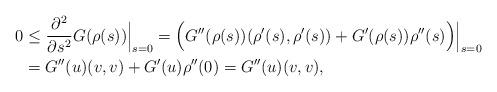
LaTeX: \begin{align*}0 &\le \frac{\partial^2 }{\partial s^2}G(\rho(s))\Big|_{s=0}=\Bigl(G''(\rho(s))(\rho'(s),\rho'(s))+G'(\rho(s))\rho''(s)\Bigr) \Big|_{s=0}\\&= G''(u)(v,v)+G'(u)\rho''(0)= G''(u)(v,v),\end{align*}